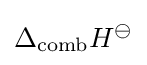
\Delta _{\text{comb}}H^{\ominus }